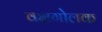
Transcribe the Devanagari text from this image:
वक्षगोलक